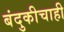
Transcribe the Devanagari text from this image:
बंदुकीचाही